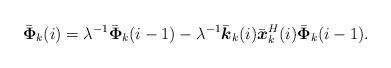
LaTeX: \begin{align*}\bar{\boldsymbol \Phi}_k(i)=\lambda^{-1}\bar{\boldsymbol \Phi}_k(i-1)-\lambda^{-1}\bar{\boldsymbol k}_k(i)\bar{\boldsymbol x}_k^H(i)\bar{\boldsymbol \Phi}_k(i-1).\end{align*}